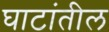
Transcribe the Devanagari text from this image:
घाटांतील